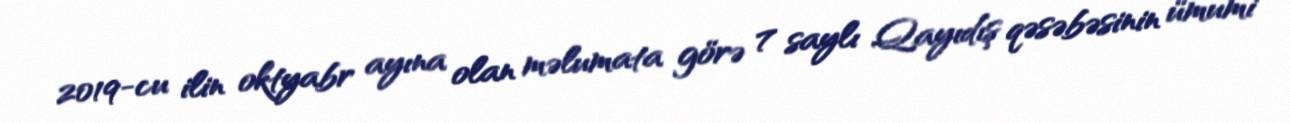
2019-cu ilin oktyabr ayına olan məlumata görə 7 saylı Qayıdış qəsəbəsinin ümumi